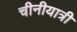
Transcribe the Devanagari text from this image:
चीनीयात्री